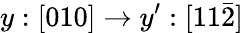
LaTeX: y:[010]\rightarrow y^{\prime}:[11\bar{2}]